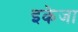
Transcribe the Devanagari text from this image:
इकेजा